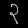
Digit: ၃